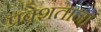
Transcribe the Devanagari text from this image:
प्रवेशताना